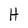
Character: H